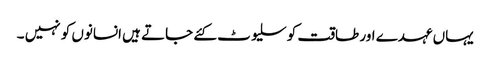
یہاں عہدے اور طاقت کو سلیوٹ کئے جاتے ہیں انسانوں کو نہیں ۔